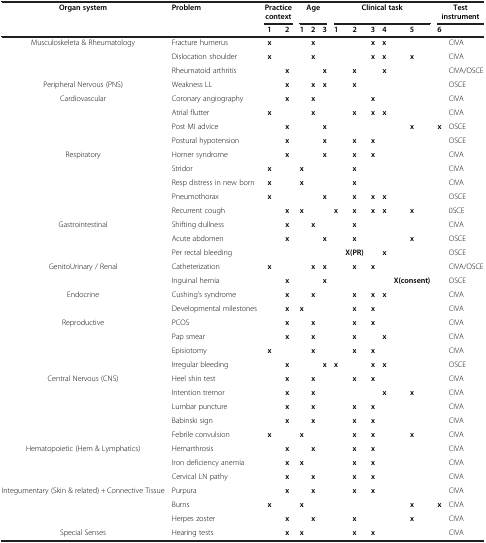
<table><thead><tr><td rowspan="2"><b>Organ system</b></td><td rowspan="2"><b>Problem</b></td><td colspan="2"><b>Practice context</b></td><td colspan="3"><b>Age</b></td><td colspan="5"><b>Clinical task</b></td><td colspan="2"><b>Test instrument</b></td></tr><tr><td><b>1</b></td><td><b>2</b></td><td><b>1</b></td><td><b>2</b></td><td><b>3</b></td><td><b>1</b></td><td><b>2</b></td><td><b>3</b></td><td><b>4</b></td><td><b>5</b></td><td><b>6</b></td><td><b> </b></td></tr></thead><tbody><tr><td rowspan="3">Musculoskeleta &amp; Rheumatology</td><td>Fracture humerus</td><td><b>x</b></td><td> </td><td> </td><td><b>x</b></td><td> </td><td> </td><td> </td><td><b>x</b></td><td><b>x</b></td><td> </td><td> </td><td>CIVA</td></tr><tr><td>Dislocation shoulder</td><td><b>x</b></td><td> </td><td> </td><td><b>x</b></td><td> </td><td> </td><td> </td><td><b>x</b></td><td><b>x</b></td><td><b>x</b></td><td> </td><td>CIVA</td></tr><tr><td>Rheumatoid arthritis</td><td> </td><td><b>x</b></td><td> </td><td> </td><td><b>x</b></td><td> </td><td><b>x</b></td><td> </td><td><b>x</b></td><td> </td><td> </td><td>CIVA/OSCE</td></tr><tr><td>Peripheral Nervous (PNS)</td><td>Weakness LL</td><td> </td><td><b>x</b></td><td> </td><td><b>x</b></td><td><b>x</b></td><td> </td><td><b>x</b></td><td> </td><td> </td><td> </td><td> </td><td>OSCE</td></tr><tr><td rowspan="4">Cardiovascular</td><td>Coronary angiography</td><td> </td><td><b>x</b></td><td> </td><td><b>x</b></td><td> </td><td> </td><td> </td><td><b>x</b></td><td> </td><td> </td><td> </td><td>CIVA</td></tr><tr><td>Atrial flutter</td><td><b>x</b></td><td> </td><td> </td><td><b>x</b></td><td> </td><td> </td><td><b>x</b></td><td><b>x</b></td><td><b>x</b></td><td> </td><td> </td><td>CIVA</td></tr><tr><td>Post MI advice</td><td> </td><td><b>x</b></td><td> </td><td> </td><td><b>x</b></td><td> </td><td> </td><td> </td><td> </td><td><b>x</b></td><td><b>x</b></td><td>OSCE</td></tr><tr><td>Postural hypotension</td><td> </td><td><b>x</b></td><td> </td><td> </td><td><b>x</b></td><td> </td><td><b>x</b></td><td><b>x</b></td><td> </td><td> </td><td> </td><td>OSCE</td></tr><tr><td rowspan="5">Respiratory</td><td>Horner syndrome</td><td> </td><td><b>x</b></td><td> </td><td> </td><td><b>x</b></td><td> </td><td><b>x</b></td><td><b>x</b></td><td> </td><td> </td><td> </td><td>CIVA</td></tr><tr><td>Stridor</td><td><b>x</b></td><td> </td><td><b>x</b></td><td> </td><td> </td><td> </td><td><b>x</b></td><td> </td><td> </td><td> </td><td> </td><td>CIVA</td></tr><tr><td>Resp distress in new born</td><td><b>x</b></td><td> </td><td><b>x</b></td><td> </td><td> </td><td> </td><td><b>x</b></td><td> </td><td> </td><td> </td><td> </td><td>CIVA</td></tr><tr><td>Pneumothorax</td><td><b>x</b></td><td> </td><td> </td><td> </td><td><b>x</b></td><td> </td><td><b>x</b></td><td><b>x</b></td><td><b>x</b></td><td> </td><td> </td><td>OSCE</td></tr><tr><td>Recurrent cough</td><td> </td><td><b>x</b></td><td><b>x</b></td><td> </td><td> </td><td><b>x</b></td><td><b>x</b></td><td><b>x</b></td><td><b>x</b></td><td><b>x</b></td><td> </td><td>0SCE</td></tr><tr><td rowspan="3">Gastrointestinal</td><td>Shifting dullness</td><td> </td><td><b>x</b></td><td> </td><td><b>x</b></td><td> </td><td> </td><td><b>x</b></td><td> </td><td> </td><td> </td><td> </td><td>CIVA</td></tr><tr><td>Acute abdomen</td><td> </td><td><b>x</b></td><td> </td><td> </td><td><b>x</b></td><td> </td><td><b>x</b></td><td> </td><td> </td><td><b>x</b></td><td> </td><td>OSCE</td></tr><tr><td>Per rectal bleeding</td><td> </td><td> </td><td> </td><td> </td><td> </td><td> </td><td><b>X(PR)</b></td><td> </td><td><b>x</b></td><td> </td><td> </td><td>OSCE</td></tr><tr><td rowspan="2">GenitoUrinary / Renal</td><td>Catheterization</td><td><b>x</b></td><td> </td><td> </td><td><b>x</b></td><td><b>x</b></td><td> </td><td><b>x</b></td><td><b>x</b></td><td> </td><td> </td><td> </td><td>CIVA/OSCE</td></tr><tr><td>Inguinal hernia</td><td> </td><td><b>x</b></td><td> </td><td> </td><td><b>x</b></td><td> </td><td> </td><td> </td><td> </td><td><b>X(consent)</b></td><td> </td><td>OSCE</td></tr><tr><td rowspan="2">Endocrine</td><td>Cushing’s syndrome</td><td> </td><td><b>x</b></td><td> </td><td><b>x</b></td><td> </td><td> </td><td><b>x</b></td><td><b>x</b></td><td><b>x</b></td><td> </td><td> </td><td>CIVA</td></tr><tr><td>Developmental milestones</td><td> </td><td><b>x</b></td><td><b>x</b></td><td> </td><td> </td><td> </td><td><b>x</b></td><td><b>x</b></td><td> </td><td> </td><td> </td><td>CIVA</td></tr><tr><td rowspan="4">Reproductive</td><td>PCOS</td><td> </td><td><b>x</b></td><td> </td><td><b>x</b></td><td> </td><td> </td><td><b>x</b></td><td><b>x</b></td><td> </td><td> </td><td> </td><td>CIVA</td></tr><tr><td>Pap smear</td><td> </td><td><b>x</b></td><td> </td><td><b>x</b></td><td> </td><td> </td><td><b>x</b></td><td> </td><td><b>x</b></td><td> </td><td> </td><td>CIVA</td></tr><tr><td>Episiotomy</td><td><b>x</b></td><td> </td><td> </td><td><b>x</b></td><td> </td><td> </td><td><b>x</b></td><td><b>x</b></td><td> </td><td> </td><td> </td><td>CIVA</td></tr><tr><td>Irregular bleeding</td><td> </td><td><b>x</b></td><td> </td><td> </td><td><b>x</b></td><td><b>x</b></td><td> </td><td><b>x</b></td><td><b>x</b></td><td> </td><td> </td><td>OSCE</td></tr><tr><td rowspan="5">Central Nervous (CNS)</td><td>Heel shin test</td><td> </td><td><b>x</b></td><td> </td><td><b>x</b></td><td> </td><td> </td><td><b>x</b></td><td><b>x</b></td><td> </td><td> </td><td> </td><td>CIVA</td></tr><tr><td>Intention tremor</td><td> </td><td><b>x</b></td><td> </td><td><b>x</b></td><td> </td><td> </td><td> </td><td> </td><td><b>x</b></td><td><b>x</b></td><td> </td><td>CIVA</td></tr><tr><td>Lumbar puncture</td><td> </td><td><b>x</b></td><td> </td><td><b>x</b></td><td> </td><td> </td><td><b>x</b></td><td><b>x</b></td><td> </td><td> </td><td> </td><td>CIVA</td></tr><tr><td>Babinski sign</td><td> </td><td><b>x</b></td><td> </td><td><b>x</b></td><td> </td><td> </td><td><b>x</b></td><td><b>x</b></td><td> </td><td> </td><td> </td><td>CIVA</td></tr><tr><td>Febrile convulsion</td><td><b>x</b></td><td> </td><td><b>x</b></td><td> </td><td> </td><td> </td><td><b>x</b></td><td><b>x</b></td><td> </td><td><b>x</b></td><td> </td><td>CIVA</td></tr><tr><td rowspan="3">Hematopoietic (Hem &amp; Lymphatics)</td><td>Hemarthrosis</td><td> </td><td><b>x</b></td><td> </td><td><b>x</b></td><td> </td><td> </td><td><b>x</b></td><td><b>x</b></td><td> </td><td> </td><td> </td><td>CIVA</td></tr><tr><td>Iron deficiency anemia</td><td> </td><td><b>x</b></td><td><b>x</b></td><td> </td><td> </td><td> </td><td><b>x</b></td><td><b>x</b></td><td> </td><td> </td><td> </td><td>CIVA</td></tr><tr><td>Cervical LN pathy</td><td> </td><td><b>x</b></td><td> </td><td><b>x</b></td><td> </td><td> </td><td><b>x</b></td><td><b>x</b></td><td> </td><td> </td><td> </td><td>CIVA</td></tr><tr><td rowspan="3">Integumentary (Skin &amp; related) + Connective Tissue</td><td>Purpura</td><td> </td><td><b>x</b></td><td> </td><td><b>x</b></td><td> </td><td> </td><td><b>x</b></td><td><b>x</b></td><td> </td><td> </td><td> </td><td>CIVA</td></tr><tr><td>Burns</td><td><b>x</b></td><td> </td><td><b>x</b></td><td> </td><td> </td><td> </td><td> </td><td> </td><td> </td><td><b>x</b></td><td><b>x</b></td><td>CIVA</td></tr><tr><td>Herpes zoster</td><td> </td><td><b>x</b></td><td> </td><td><b>x</b></td><td> </td><td> </td><td><b>x</b></td><td> </td><td> </td><td><b>x</b></td><td> </td><td>CIVA</td></tr><tr><td>Special Senses</td><td>Hearing tests</td><td> </td><td><b>x</b></td><td><b>x</b></td><td> </td><td> </td><td> </td><td><b>x</b></td><td><b>x</b></td><td> </td><td> </td><td> </td><td>CIVA</td></tr></tbody></table>